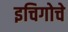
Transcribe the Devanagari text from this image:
इचिगोचे